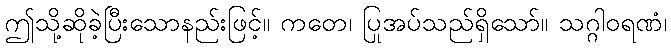
ဤသို့ဆိုခဲ့ပြီးသောနည်းဖြင့်။ ကတေ၊ ပြုအပ်သည်ရှိသော်။ သဂ္ဂါဝရဏံ၊